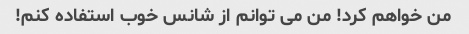
من خواهم کرد! من می توانم از شانس خوب استفاده کنم!